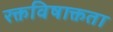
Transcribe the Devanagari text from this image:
रक्तविषाक्तता